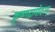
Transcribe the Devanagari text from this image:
कृष्णदामोदरम्